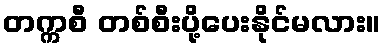
တက္ကစီ တစ်စီးပို့ပေးနိုင်မလား။